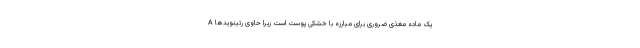
A یک ماده مغذی ضروری برای مبارزه با خشکی پوست است زیرا حاوی رتینویدها